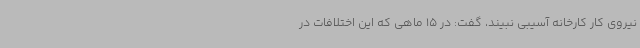
نیروی کار کارخانه آسیبی نبیند، گفت: در 15 ماهی که این اختلافات در